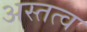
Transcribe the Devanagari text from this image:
अस्तत्व